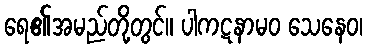
ရေ၏အမည်တို့တွင်။ ပါကဋနာမဝ သေနေဝ၊